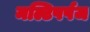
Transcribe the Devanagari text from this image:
मल्टिपर्पज